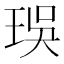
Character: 㻍